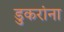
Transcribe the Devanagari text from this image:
डुकरांना